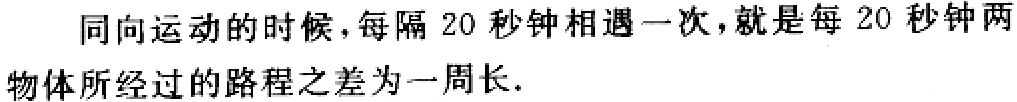
同向运动的时候，每隔 20 秒钟相遇一次，就是每 20 秒钟两物体所经过的路程之差为一周长.